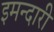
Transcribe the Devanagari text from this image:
इमन्दारी